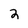
Character: 2